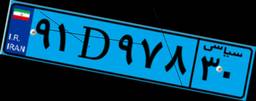
۹۱D۹۷۸۳۰